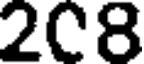
2C8